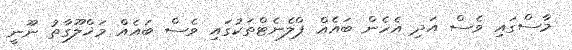
މާސްގައި ވެސް އަދި އެހެން ބައެއް ޕްލެނެޓްތަކުގައި ވެސް ބައެއް މަޚްލޫގާތު ނޫނީ